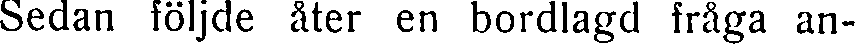
Sedan följde åter en bordlagd fråga an-